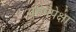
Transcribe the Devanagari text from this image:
युरोपपेक्षा